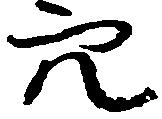
穴